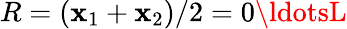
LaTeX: R=(\mathbf{x}_{1}+\mathbf{x}_{2})/2=0\ldotsL